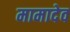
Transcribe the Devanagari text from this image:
मामादेव